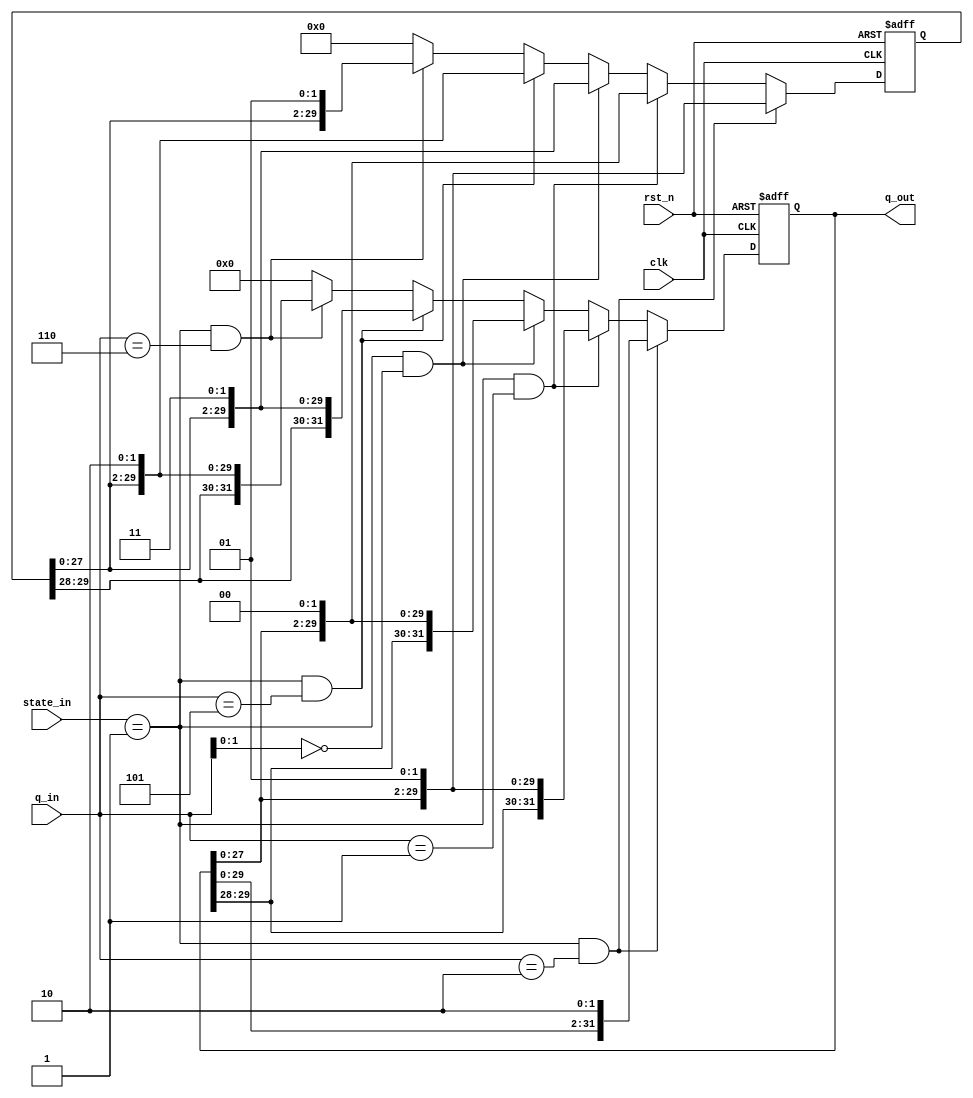
/*
on_the_fly_conversion

Designer : Wang Zi Chen
*/

module on_the_fly_conversion(
input clk,
input rst_n,

input[2:0] q_in,
input[1:0] state_in ,

output[31:0] q_out

);

reg[31:0] qm_reg;
reg[31:0] q_reg;

wire q_in_010 = (q_in == 3'b010);
wire q_in_001 = (q_in == 3'b001);
wire q_in_000 = (q_in[1:0] == 2'b00);
wire q_in_101 = (q_in == 3'b101);
wire q_in_110 = (q_in == 3'b110);

wire active = (state_in ==2'b01);

wire[31:0] qm_next = (active & q_in_010 ) ? {q_reg[29:0] , 2'b01 } :
						(active & q_in_001) ? {q_reg[29:0] , 2'b00 } :
							(active & q_in_000) ? {qm_reg[29:0] , 2'b11 } :
								(active & q_in_101 )? {qm_reg[29:0] , 2'b10 } :
									(active & q_in_110) ? {qm_reg[29:0] , 2'b01 } : 32'b0;
wire[31:0] q_next  = (active & q_in_010) ? {q_reg[29:0] , 2'b10 } :
						(active & q_in_001) ? {q_reg[29:0] , 2'b01 } :
							(active & q_in_000) ? {q_reg[29:0] , 2'b00 } :
								(active & q_in_101) ? {qm_reg[29:0] , 2'b11 } :
									(active & q_in_110) ? {qm_reg[29:0] , 2'b10 } : 32'b0;


always @(posedge clk , negedge rst_n )
begin
	if (!rst_n)
	begin
		qm_reg <= 0;
		q_reg <= 0 ;
	
	end
	else
	begin 
		qm_reg <= qm_next;
		q_reg <= q_next ;

	end
end

assign q_out = q_reg ;
endmodule